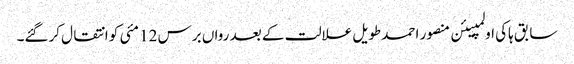
سابق ہاکی اولمپیئن منصور احمد طویل علالت کے بعد رواں برس 12 مئی کو انتقال کرگئے۔